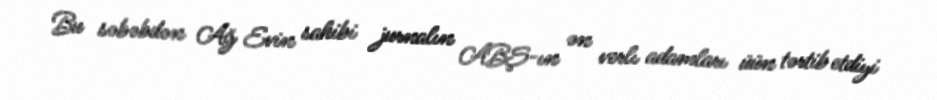
Bu səbəbdən Ağ Evin sahibi jurnalın ABŞ-ın ən verlı adamları üün tərtib etdiyi